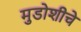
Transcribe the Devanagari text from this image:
मुडोशीचे